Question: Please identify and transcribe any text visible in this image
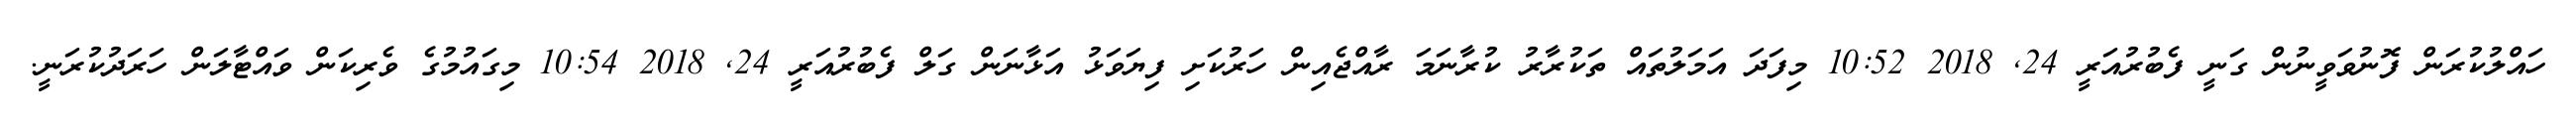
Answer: ހައްލުކުރަން ފޮނުވަވީނުން ގަނީ ފެބުރުއަރީ 24, 2018 10:52 މިފަދަ އަމަލުތައް ތަކުރާރު ކުރާނަމަ ރާއްޖެއިން ހަރުކަށި ފިޔަވަޅު އަޅާނަން ގަލް ފެބުރުއަރީ 24, 2018 10:54 މިގައުމުގެ ވެރިކަން ވައްޓާލަން ހަރަދުކުރަނީ.